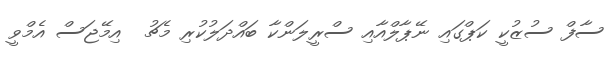
ސާފް ސުޒުކީ ކަޕްގައި ނޭޕާލްއާއި ސްރީލަންކާ ބައްދަލުކުރި މެޗު  އިމޭޖަސް އެމްވީ